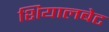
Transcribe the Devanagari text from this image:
शियालबेट